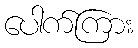
ပေါက်ကြား